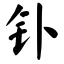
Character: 钋